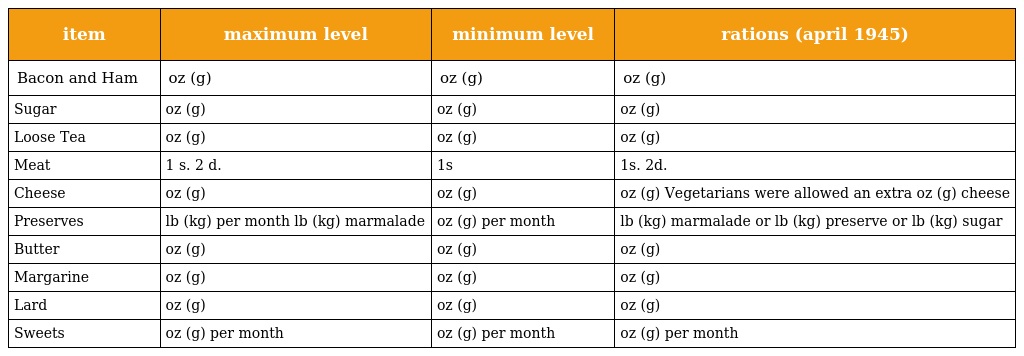
| item | maximum level | minimum level | rations (april 1945) |
 | --- | --- | --- | --- |
 | Bacon and Ham | oz (g) | oz (g) | oz (g) |
 | Sugar | oz (g) | oz (g) | oz (g) |
 | Loose Tea | oz (g) | oz (g) | oz (g) |
 | Meat | 1 s. 2 d. | 1s | 1s. 2d. |
 | Cheese | oz (g) | oz (g) | oz (g) Vegetarians were allowed an extra oz (g) cheese |
 | Preserves | lb (kg) per month lb (kg) marmalade | oz (g) per month | lb (kg) marmalade or lb (kg) preserve or lb (kg) sugar |
 | Butter | oz (g) | oz (g) | oz (g) |
 | Margarine | oz (g) | oz (g) | oz (g) |
 | Lard | oz (g) | oz (g) | oz (g) |
 | Sweets | oz (g) per month | oz (g) per month | oz (g) per month |